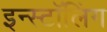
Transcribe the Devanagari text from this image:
इन्स्टॉलिंग